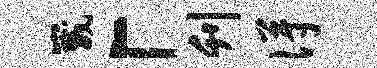
崴「刊得